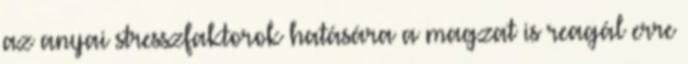
az anyai stresszfaktorok hatására a magzat is reagál erre